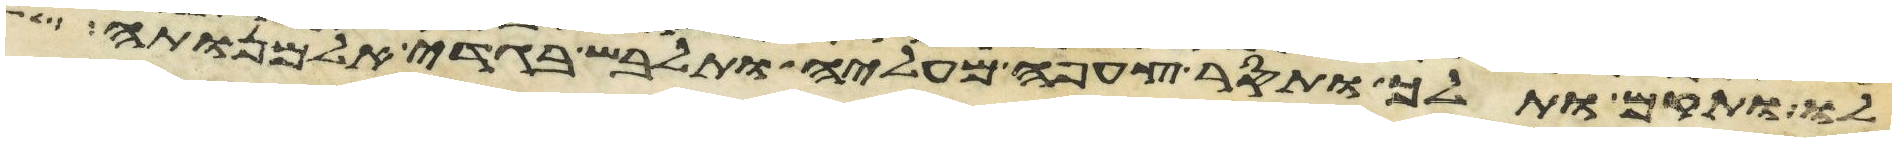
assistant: לו ותקם ותלך ותסר צעיפה מעליה ותלבש בגדי אלמנותה